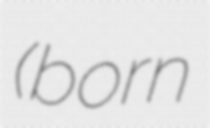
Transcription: (born